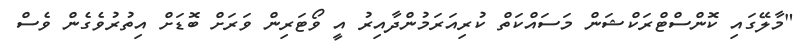
"މާލޭގައި ކޮންސްޓްރަކްޝަން މަސައްކަތް ކުރިއަރަމުންދާއިރު އީ ވޯޓަރިން ވަރަށް ބޮޑަށް އިތުރުވެގެން ވެސް